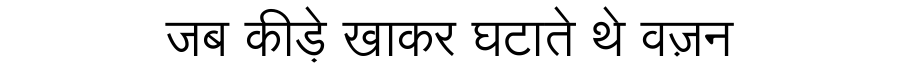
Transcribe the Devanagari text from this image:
जब कीड़े खाकर घटाते थे वज़न